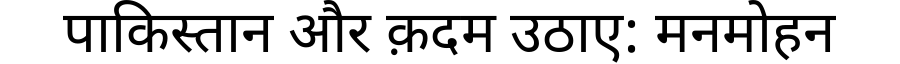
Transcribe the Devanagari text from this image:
पाकिस्तान और क़दम उठाए: मनमोहन